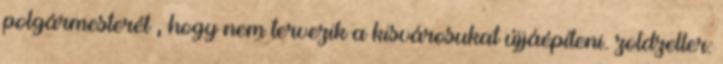
polgármesterét , hogy nem tervezik a kisvárosukat újjáépíteni. zoldzeller: